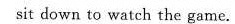
sit down to watch the game.